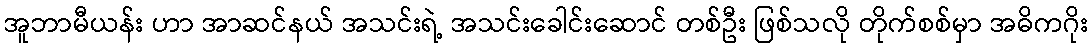
အူဘာမီယန်း ဟာ အာဆင်နယ် အသင်းရဲ့ အသင်းခေါင်းဆောင် တစ်ဦး ဖြစ်သလို တိုက်စစ်မှာ အဓိကဂိုး